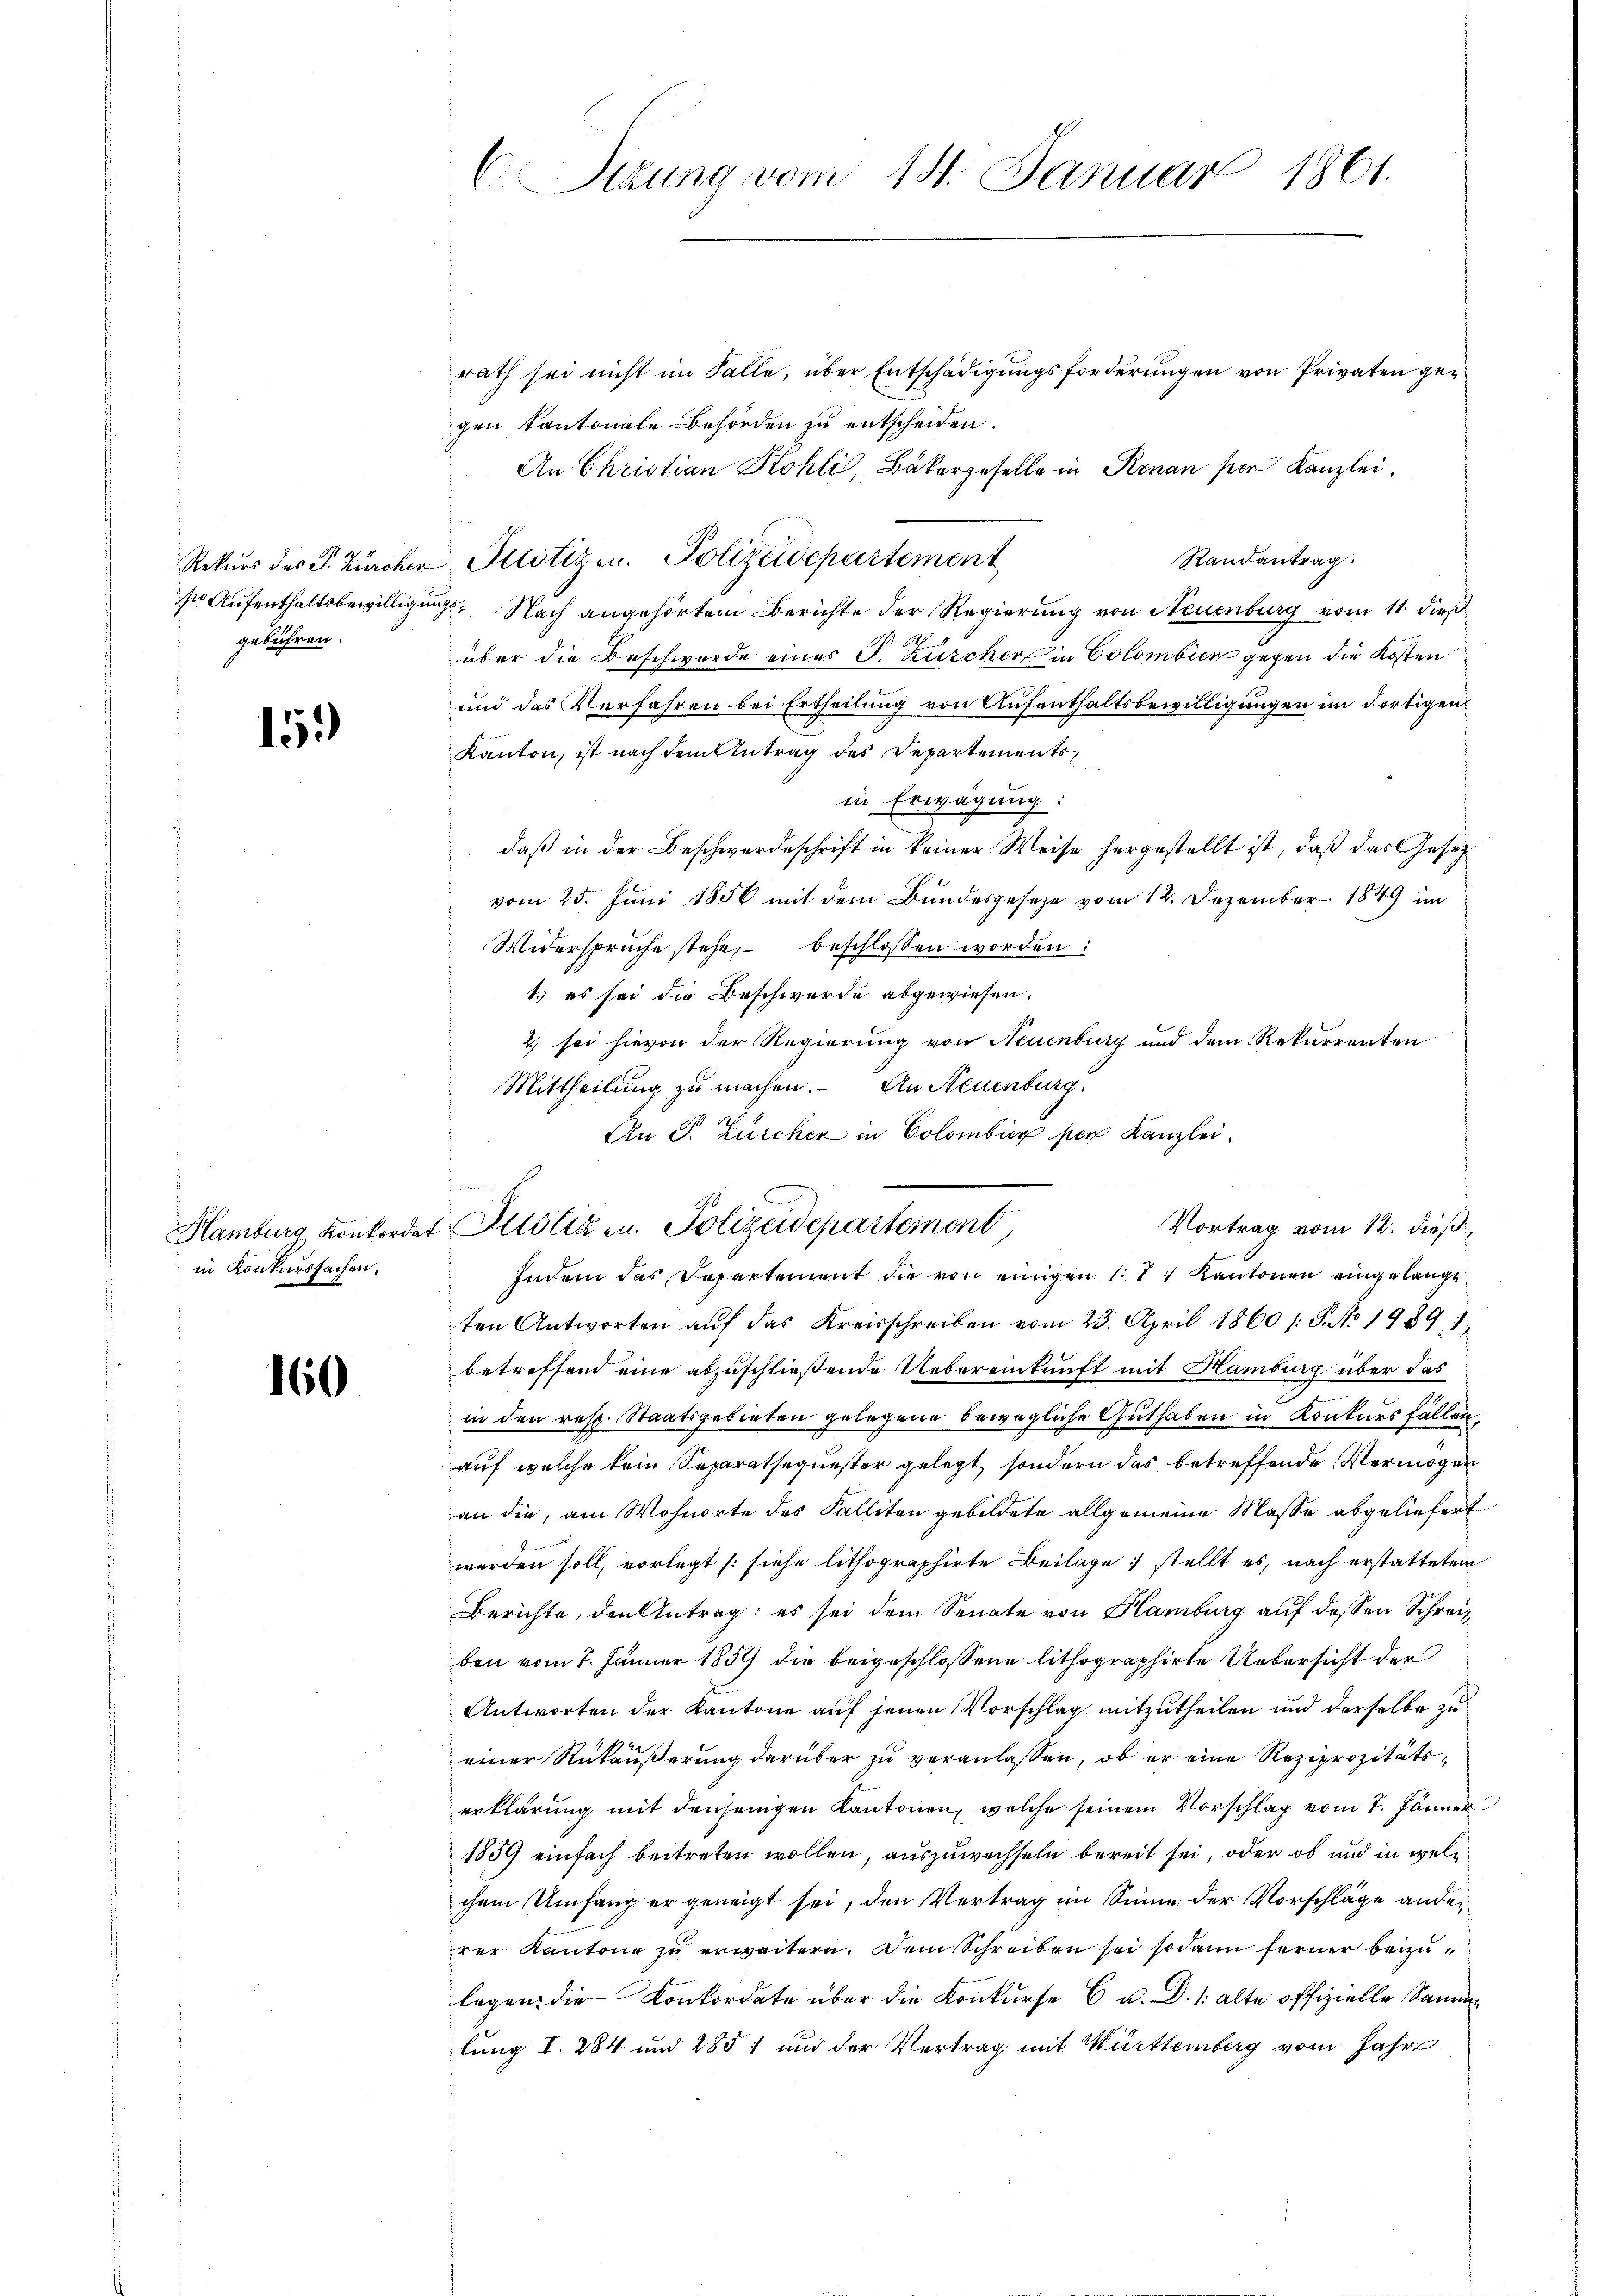
gebühren.

15.)

in Konkurssachen.

160

C. Sizung vom 18. Januar 1861.

rath sei nicht im Falle, über Entschädigungsforderungen von Privaten gen
gen kantonale Behörden zu entscheiden.
An Christian Kohli, Bäkergeselle in Renan per Kanzlei.
Randantrag
Rekŭrs des P. Zürcher Plotizen. Polizeidepartement
s Aufenthaltsbewilligungs- Nach angehörter Berichte der Regierung von Neuenburg vom 11. dieß
über die Beschwerde eines J. Zürcher in Colombien gegen die Kosten
und das Verfahren bei Ertheilung von Aufenthaltsbewilligungen im dortigen
Kanton, ist nach dem Antrag des Departements
in Erwägung:
daß in der Beschwerdeschrift in keiner Weise hergestellt ist, daß das Gesetz
vom 25. Juni 1856 mit dem Bundesgesetze vom 12. Dezember 1849 im
Widerspruche stehe, beschlossen worden:
1.) es sei die Beschwerde abgewiesen.
2) sei hievon der Regierung von Neuenburg und dem Rekurrenten
Mittheilung zu machen. An Neuenburg
An S. Zürcher in Colombier per Kanzlei.
Indem das Departement die von einigen 1. 11 Kantonen eingelangt
ten Antworten auf das Kreisschreiben vom 23. April 1860 / 5. No 1989.
betreffend eine abzuschließende Uebereinkunft mit Hamburg über das
in den resp. Staatsgebieten gelegene bewegliche Guthaben in Konkursfällen,
auf welche kein Separatsequester gelegt, sondern das betreffende Vermögen
an die, am Wohnorte des Falliten gebildete allgemeine Masse abgeliefert
werden soll, vorlegt (siehe lithographirte Beilage stellt es, nach erstatteten
Berichte, den Antrag: es sei dem Senate von Hamburg auf dessen Schreizben vom 7. Jänner 1859 die beigeschlossene lithographirte Uebersicht der
Antworten der Kantone auf jenen Vorschlag mitzutheilen und derselbe zu
einer Rükäußerung darüber zu veranlassen, ob er eine Reziprozitätserklärung mit denjenigen Kantonen, welche seinem Vorschlag vom 7. Jänner
1859 einfach beitreten wollen, auszuwechseln bereit sei, oder ob und in welchem Umfang er geneigt sei, den Vertrag im Sinne der Vorschläge ander
rer Kantone zu erweitern. Dem Schreiben sei sodann ferner beizulegen die Konkordate über die Konkurse 6 u. D. 1. alte offizielle Sammlung I. 284 und 285 1 und der Vertrag mit Württemberg vom Jahr

Hamburg Konkordat Plotiz u. Polizeidepartement,

Vortrag vom 12. dieß